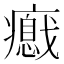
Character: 𤻦